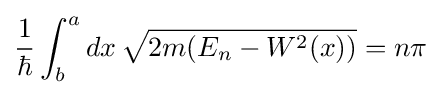
{\frac {1}{\hbar }}\int _{b}^{a}dx\,{\sqrt {2m(E_{n}-W^{2}(x))}}=n\pi